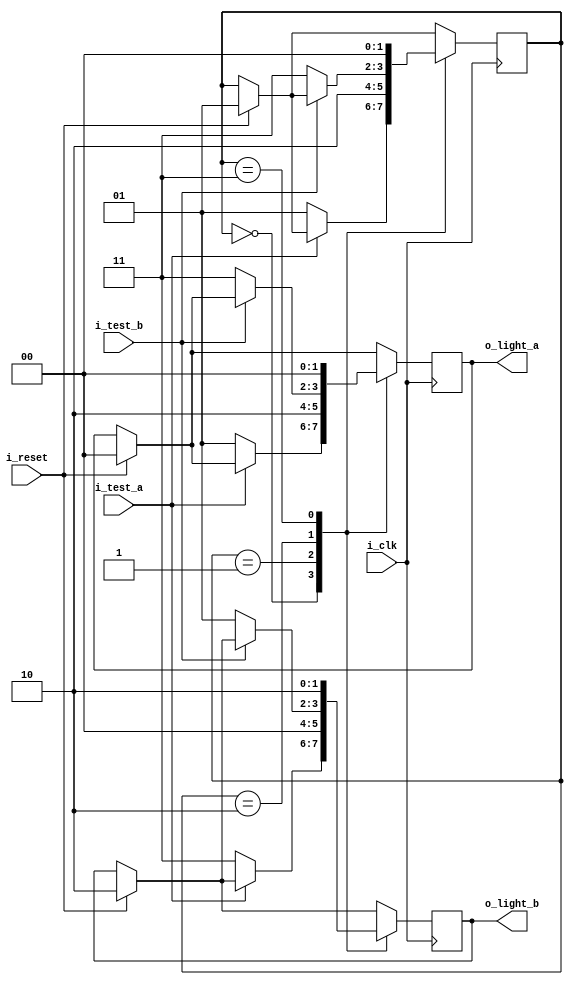
// # -*- compile-command: "make all data.vcd" -*-
module top(/*AUTOARG*/
   // Outputs
   o_light_a, o_light_b,
   // Inputs
   i_clk, i_reset, i_test_a, i_test_b
   );


   input i_clk;
   input i_reset;
   
   input i_test_a;
   input i_test_b;
   
   output [1:0] o_light_a;
   output [1:0]   o_light_b;

   

   /*AUTOINPUT*/
   /*AUTOOUTPUT*/
   /*AUTOREG*/
   // Beginning of automatic regs (for this module's undeclared outputs)
   reg [1:0]            o_light_a;
   reg [1:0]            o_light_b;
   // End of automatics

   localparam state0 = 2'b00;
   localparam state1 = 2'b01;
   localparam state2 = 2'b10;
   localparam state3 = 2'b11;

   localparam green = 2'b00;
   localparam yellow = 2'b01;
   localparam red = 2'b10;
   localparam redyellow = 2'b11;
   
   reg [1:0]            state;
            
   always @(posedge i_clk) begin
       if (i_reset) begin
            /*AUTORESET*/
            // Beginning of autoreset for uninitialized flops
            o_light_a <= 2'h0;
            o_light_b <= 2'h0;
            state <= 2'h0;
            // End of automatics

          state <= state1;
          o_light_a <= green;
          o_light_b <= red;

       end // if (!i_reset)

      case(state)
        state0:
             if (~i_test_a) begin
                state<=state1;
                o_light_a <=  yellow;
                o_light_b <= redyellow;
             end
        state1:
          begin
             state<=state2;
             o_light_a <= red;
             o_light_b <= green;
          end
        state2:
          begin
             if (~i_test_b) begin
                state<=state3;
                o_light_a <= redyellow;
                o_light_b <= yellow;
             end
          end
        state3:
          begin
             state<=state0;
             o_light_a <= green;
             o_light_b <= red;
             end
        endcase
   end
endmodule